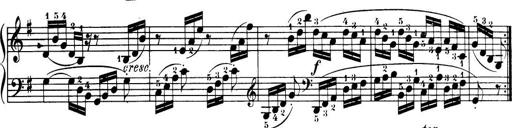
Title: 32 Sonatinas and Rondos for the Piano
Composer: Richard Kleinmichel